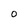
Character: 0